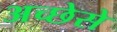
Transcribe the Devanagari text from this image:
अच्छेसे